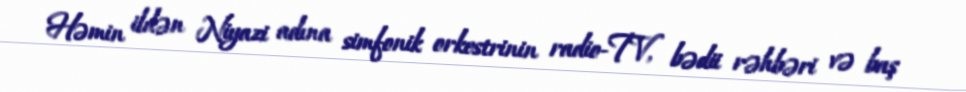
Həmin ildən Niyazi adına simfonik orkestrinin radio-TV, bədii rəhbəri və baş